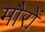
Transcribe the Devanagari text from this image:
मौरों